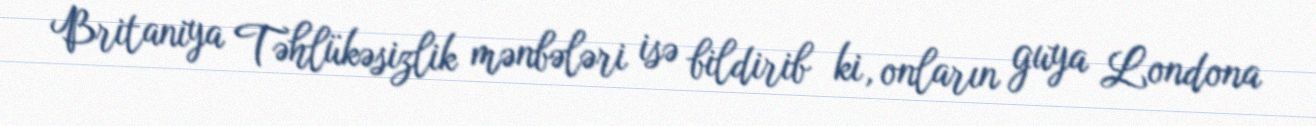
Britaniya Təhlükəsizlik mənbələri isə bildirib ki, onların guya Londona